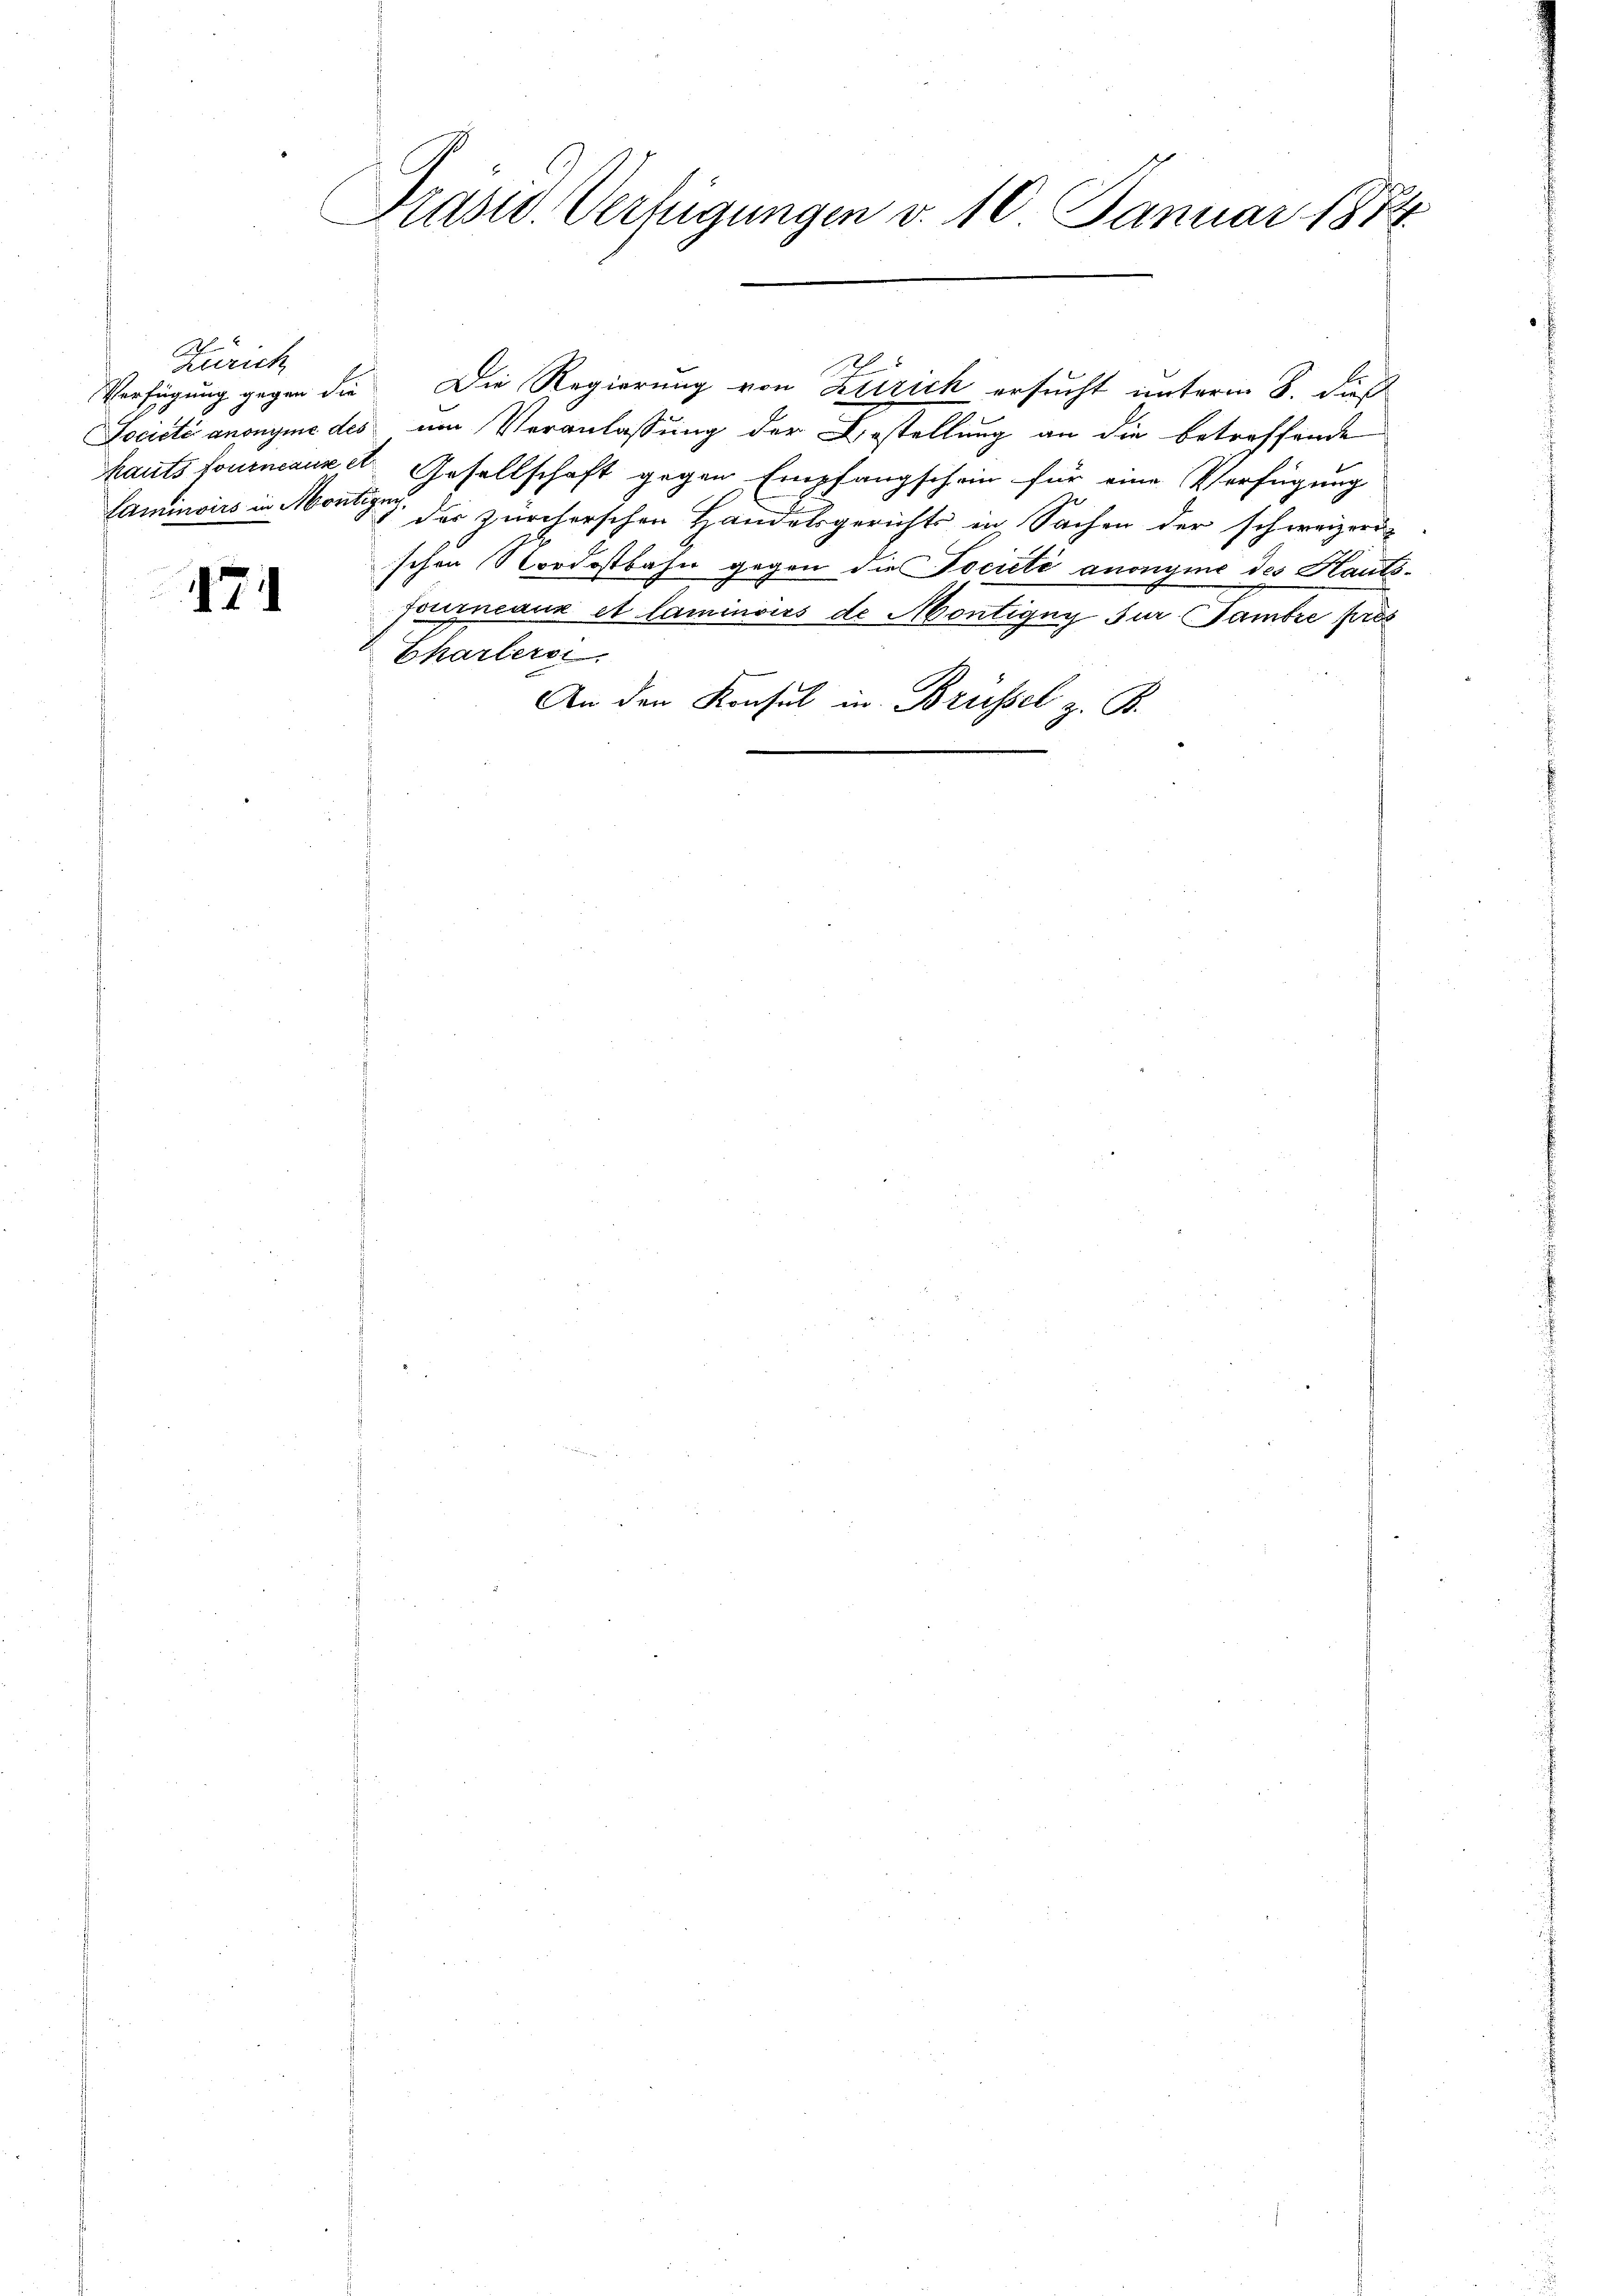
Zürich

71

Präsid. Verfügungen d. 10 Januar 1874.

Verfügung gegen die Die Regierung von Zürich ersucht unterm 8. dieß
Société anonyme des um Veranlassung der Bestellung an die betreffende
hauts fournaux et. Gesellschaft gegen Empfangschein für eine Verfügung
Laminoirs in Montage der zürcherschen Handelsgerichts in Sachen der schweizer-
schen Nordostbahn gegen die Pociété anonyme des Hautsfourneaux et laminoirs de Montigny für Sambre pres
Charlern.
An den Konsul in Brüssel z. B.